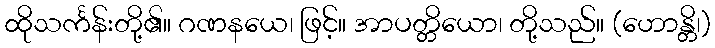
ထိုသင်္ကန်းတို့၏။ ဂဏနယေ၊ ဖြင့်။ အာပတ္တိယော၊ တို့သည်။ (ဟောန္တိ၊)